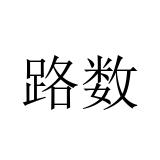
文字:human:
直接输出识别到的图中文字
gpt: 路数